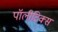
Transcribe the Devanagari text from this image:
पॉलीटिक्स